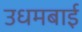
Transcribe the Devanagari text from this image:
उधमबाई